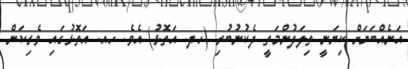
އަނެއްބަޔަށް ކިޔަނީ ތިލަދުންމަތީ ދެކުނުބުރި (ހދ. އަތޮޅު) އެވެ. ހއ. އަތޮޅުގައި ވެރިކަން